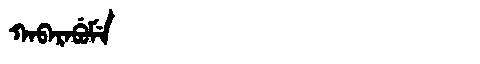
Manchu: ᡴᠠᠪᠠᡵᠠᠪᡠᠮᡝ
Romanization: KABARABUME